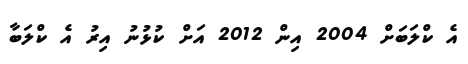
އެ ކްލަބަށް 2004 އިން 2012 އަށް ކުޅުނު އިރު އެ ކްލަބާ